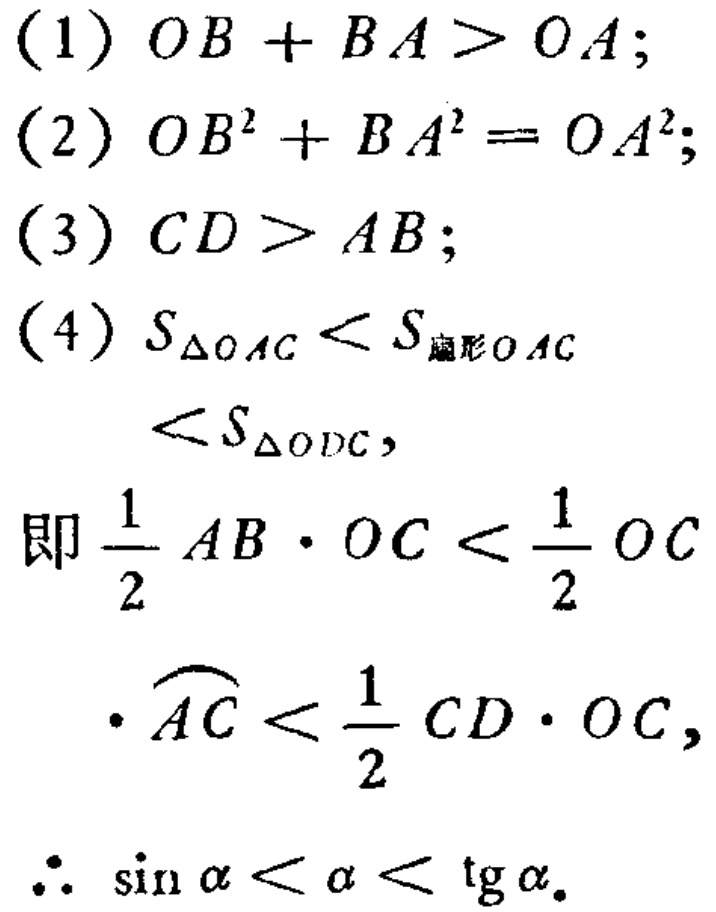
(1) \(OB + BA>OA\);
(2) \(OB^{2}+BA^{2}=OA^{2}\);
(3) \(CD > AB\);
(4) \(S_{\triangle OAC}<S_{扇形OAC}<S_{\triangle ODC}\),
即\(\frac{1}{2}AB\cdot OC<\frac{1}{2}OC\cdot\overset{\frown}{AC}<\frac{1}{2}CD\cdot OC\),
\(\therefore \sin\alpha<\alpha<\operatorname{tg}\alpha\).